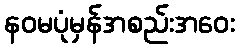
နဝမပုံမှန်အစည်းအဝေး